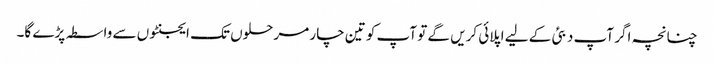
چنانچہ اگر آپ دبئی کے لیے اپلائی کریں گے تو آپ کو تین چار مرحلوں تک ایجنٹوں سے واسطہ پڑے گا۔